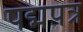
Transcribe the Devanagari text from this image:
पद्मपत्र